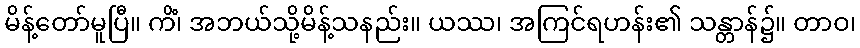
မိန့်တော်မူပြီ။ ကိံ၊ အဘယ်သို့မိန့်သနည်း။ ယဿ၊ အကြင်ရဟန်း၏ သန္တာန်၌။ တာဝ၊